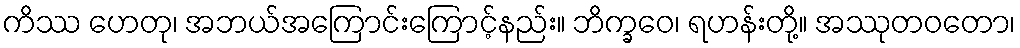
ကိဿ ဟေတု၊ အဘယ်အကြောင်းကြောင့်နည်း။ ဘိက္ခဝေ၊ ရဟန်းတို့။ အဿုတဝတော၊